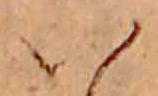
い